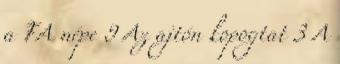
a FA népe 9 Az ajtón kopogtat 3 A